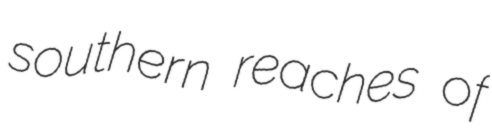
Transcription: southern reaches of